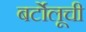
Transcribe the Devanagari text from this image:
बर्टोलूची